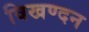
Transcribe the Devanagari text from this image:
विखण्दन